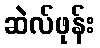
ဆဲလ်ဖုန်း